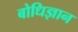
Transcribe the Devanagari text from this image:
बोधिज्ञान